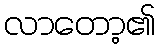
လာတော့၏